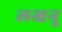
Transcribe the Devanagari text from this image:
लखनु